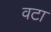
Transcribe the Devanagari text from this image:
वटा